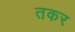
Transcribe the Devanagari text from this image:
तकर